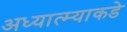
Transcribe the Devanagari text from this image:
अध्यात्म्याकडे